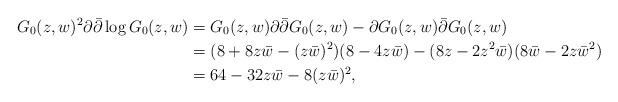
LaTeX: \begin{align*}G_0(z,w)^2\partial\bar{\partial}\log G_0(z,w)&=G_0(z,w)\partial\bar{\partial}G_0(z,w)-\partial G_0(z,w)\bar{\partial}G_0(z,w)\\&=(8+8z\bar{w}-(z\bar{w})^2)(8-4z\bar{w})-(8z-2z^2\bar{w})(8\bar{w}-2z\bar{w}^2)\\&=64-32z\bar{w}-8(z\bar{w})^2,\end{align*}